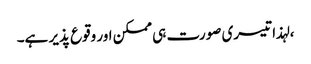
، لہذا تیسری صورت ہی ممکن اور وقوع پذیر ہے۔